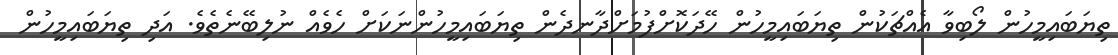
ތިޔަބައިމީހުން ލޯބިވާ އެއްޗަކުން ތިޔަބައިމީހުން ހޭދަކޮށްފުމަށްދާނދެން ތިޔަބައިމީހުންނަކަށް ހެވެއް ނުލިބޭނެތެވެ. އަދި ތިޔަބައިމީހުން